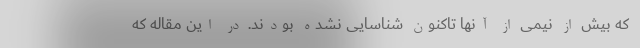
که بیش از نیمی از آنها تاکنون شناسایی نشده بودند. در این مقاله که